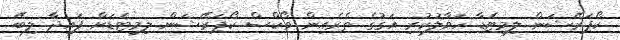
ކޯޕަރޭޝަން ލިމިޓެޑާ ހަވާލުކުރި އަގުގެ ތެރެއިން ވޯކްސް ކޯޕަރޭޝަން ލިމިޓެޑަށް ފައިދާ ލިބޭ